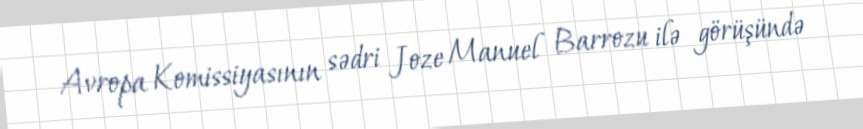
Avropa Komissiyasının sədri Joze Manuel Barrozu ilə görüşündə